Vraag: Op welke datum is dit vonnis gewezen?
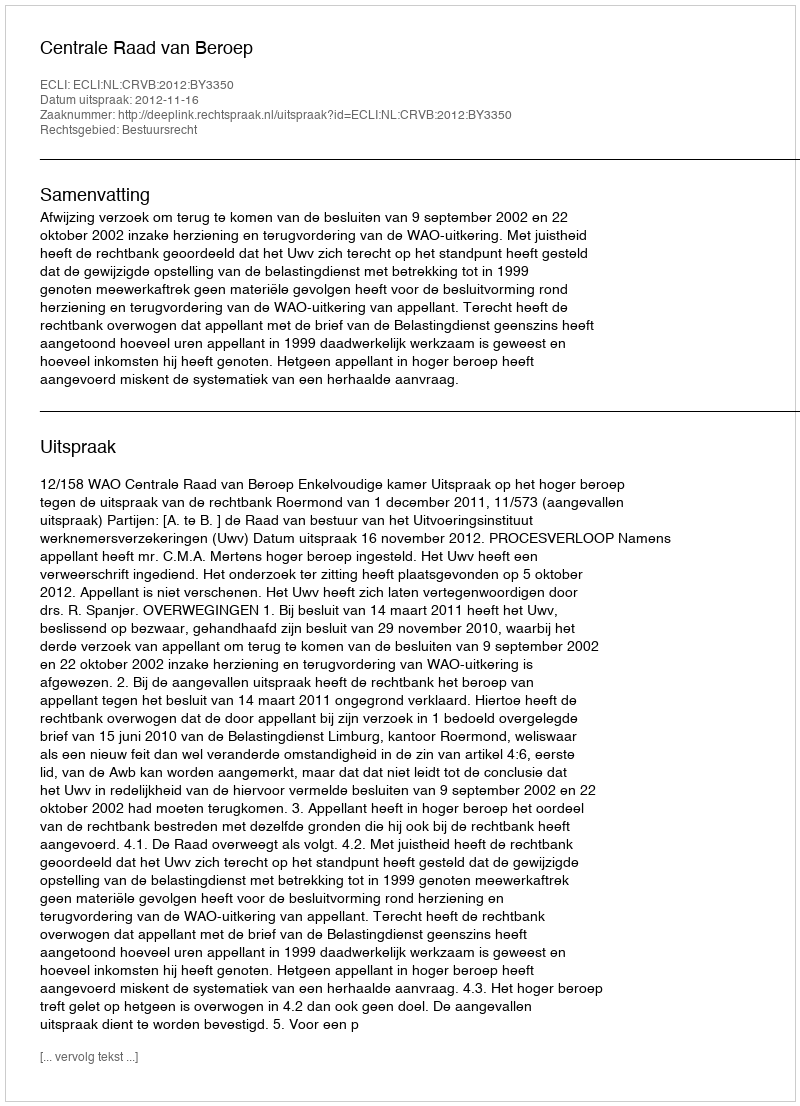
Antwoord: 2012-11-16